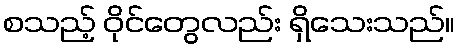
စသည့် ဝိုင်တွေလည်း ရှိသေးသည်။